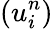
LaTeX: (u_{i}^{n})